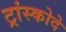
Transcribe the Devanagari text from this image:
ट्रांस्कोदे